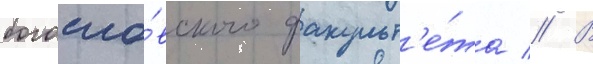
богосло́вского факульт'е́та // В